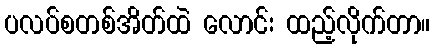
ပလပ်စတစ်အိတ်ထဲ လောင်း ထည့်လိုက်တာ။